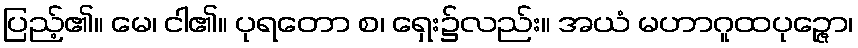
ပြည့်၏။ မေ၊ ငါ၏။ ပုရတော စ၊ ရှေး၌လည်း။ အယံ မဟာဂူထပုဉ္ဇော၊